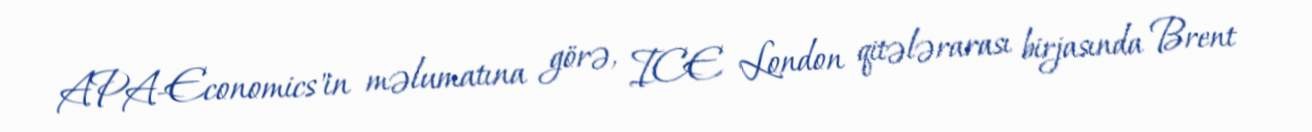
APA-Economics"in məlumatına görə, ICE London qitələrarası birjasında Brent